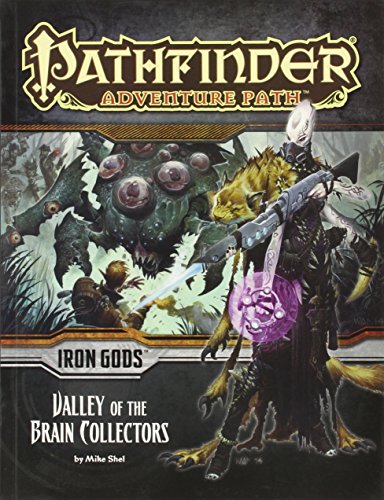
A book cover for Pathfinder Adventure Path: Iron Gods Part 4 - Valley of the Brain Collectors; Mike Shel; Science Fiction & Fantasy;